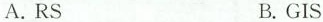
A.RS B.GIS